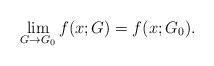
LaTeX: \begin{align*}\lim_{G \to G_0} f(x; G) = f(x; G_0).\end{align*}